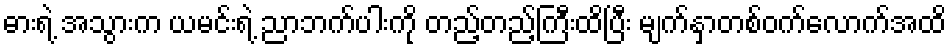
ဓားရဲ့ အသွားက ယမင်းရဲ့ ညာဘက်ပါးကို တည့်တည့်ကြီးထိပြီး မျက်နှာတစ်ဝက်လောက်အထိ